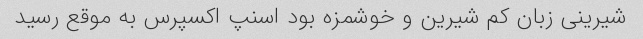
شیرینی زبان کم شیرین و خوشمزه بود اسنپ اکسپرس به موقع رسید